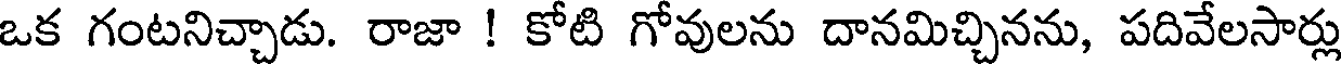
ఒక గంటనిచ్చాడు. రాజా ! కోటి గోవులను దానమిచ్చినను, పదివేలసార్లు